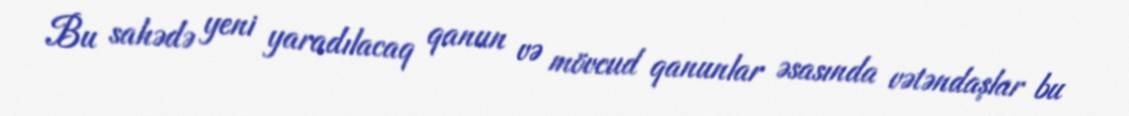
Bu sahədə yeni yaradılacaq qanun və mövcud qanunlar əsasında vətəndaşlar bu